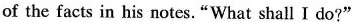
of the facts in his notes."What shall I do?"